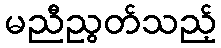
မညီညွတ်သည့်